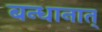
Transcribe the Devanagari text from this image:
बन्धानात्